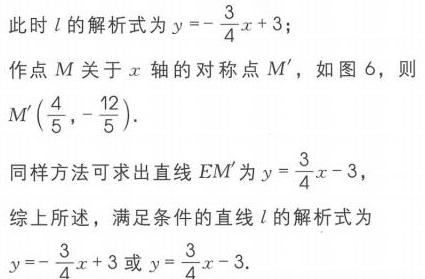
此时 \(l\) 的解析式为 \(y = -\frac{3}{4}x + 3\)；
作点 \(M\) 关于 \(x\) 轴的对称点 \(M'\)，如图 6，则
\(M'(\frac{4}{5},-\frac{12}{5})\).
同样方法可求出直线 \(EM'\) 为 \(y = \frac{3}{4}x - 3\)，
综上所述，满足条件的直线 \(l\) 的解析式为
\(y = -\frac{3}{4}x + 3\) 或 \(y = \frac{3}{4}x - 3\).